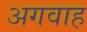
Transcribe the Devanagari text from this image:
अगवाह